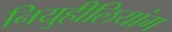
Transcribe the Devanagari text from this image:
नियुहीलियांग